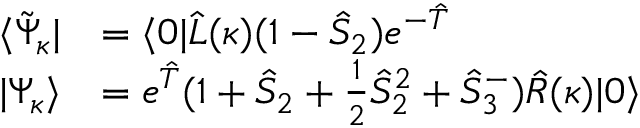
\begin{array} { r l } { \langle \tilde { \Psi } _ { \kappa } | } & { = \langle 0 | \hat { L } ( \kappa ) ( 1 - \hat { S } _ { 2 } ) e ^ { - \hat { T } } } \\ { | \Psi _ { \kappa } \rangle } & { = e ^ { \hat { T } } ( 1 + \hat { S } _ { 2 } + \frac { 1 } { 2 } \hat { S } _ { 2 } ^ { 2 } + \hat { S } _ { 3 } ^ { - } ) \hat { R } ( \kappa ) | 0 \rangle } \end{array}